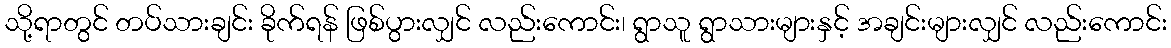
သို့ရာတွင် တပ်သားချင်း ခိုက်ရန် ဖြစ်ပွားလျှင် လည်းကောင်း၊ ရွာသူ ရွာသားများနှင့် အချင်းများလျှင် လည်းကောင်း